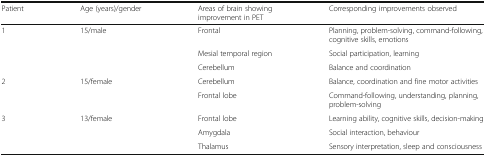
| Patient | Age (years)/gender | Areas of brain showing improvement in PET | Corresponding improvements observed |
 | --- | --- | --- | --- |
 | <ROWSPAN=3> 1 | <ROWSPAN=3> 15/male | Frontal | Planning, problem-solving, command-following, cognitive skills, emotions |
 | Mesial temporal region | Social participation, learning |
 | Cerebellum | Balance and coordination |
 | <ROWSPAN=2> 2 | <ROWSPAN=2> 15/female | Cerebellum | Balance, coordination and fine motor activities |
 | Frontal lobe | Command-following, understanding, planning, problem-solving |
 | <ROWSPAN=3> 3 | <ROWSPAN=3> 13/female | Frontal lobe | Learning ability, cognitive skills, decision-making |
 | Amygdala | Social interaction, behaviour |
 | Thalamus | Sensory interpretation, sleep and consciousness |